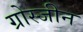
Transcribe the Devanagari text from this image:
ग्रोस्जीन